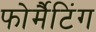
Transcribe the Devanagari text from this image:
फोर्मैटिंग